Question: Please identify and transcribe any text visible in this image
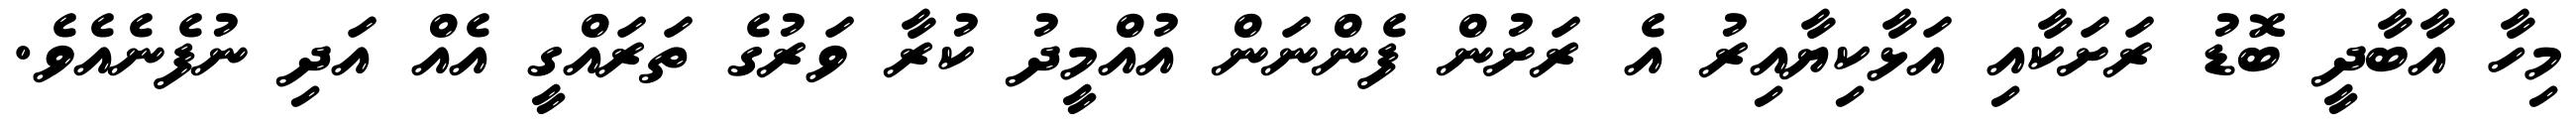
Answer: މިހާ އާބާދީ ބޮޑު ރަށަކާއި އަޅާކިޔާއިރު އެ ރަށުން ފެންނަން އުއްމީދު ކުރާ ވަރުގެ ތަރައްގީ އެއް އަދި ނުފެނެއެވެ.